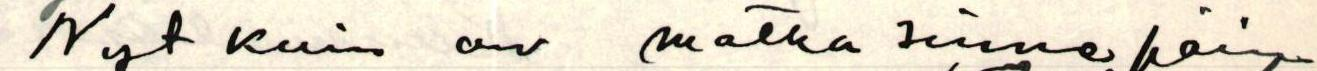
Nyt kuin on matka sinne päin